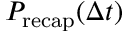
P _ { \mathrm { r e c a p } } ( \Delta t )